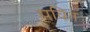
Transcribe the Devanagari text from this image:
पवित